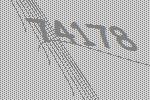
74178